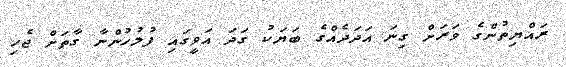
ރައްޔިތުންގެ ވަރަށް ގިނަ އަދަދެއްގެ ބަޔަކު ގަދަ އަވީގައި ފުލުހުންނާ ގާތަށް ޖެހި